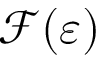
\mathcal F ( \varepsilon )